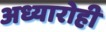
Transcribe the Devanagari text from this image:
अध्यारोही